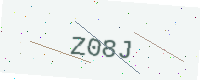
Text: Z08J